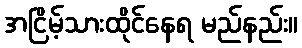
အငြိမ့်သားထိုင်နေရ မည်နည်း။